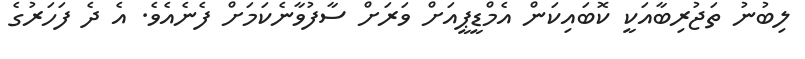
ލިބުނު ތަޖުރިބާއަކީ ކޮބައިކަން އެމްޑީޕީއަށް ވަރަށް ސާފުވާނެކަމަށް ފެނެއެވެ. އެ ދެ ފަހަރުގެ